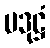
ပဒုဋ္ဌံ